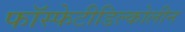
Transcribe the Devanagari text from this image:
फॉस्फेटीडिल्कोलीन